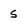
Character: 5